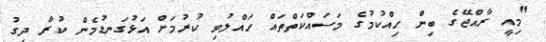
"މިއީ ރާއްޖޭގެ ބިން ހިއްކުމުގެ މަސައްކަތްތައް ހައްލުވި ކުރުމަށް އަޅުގަނޑުމެން ކުރާ ދިގު